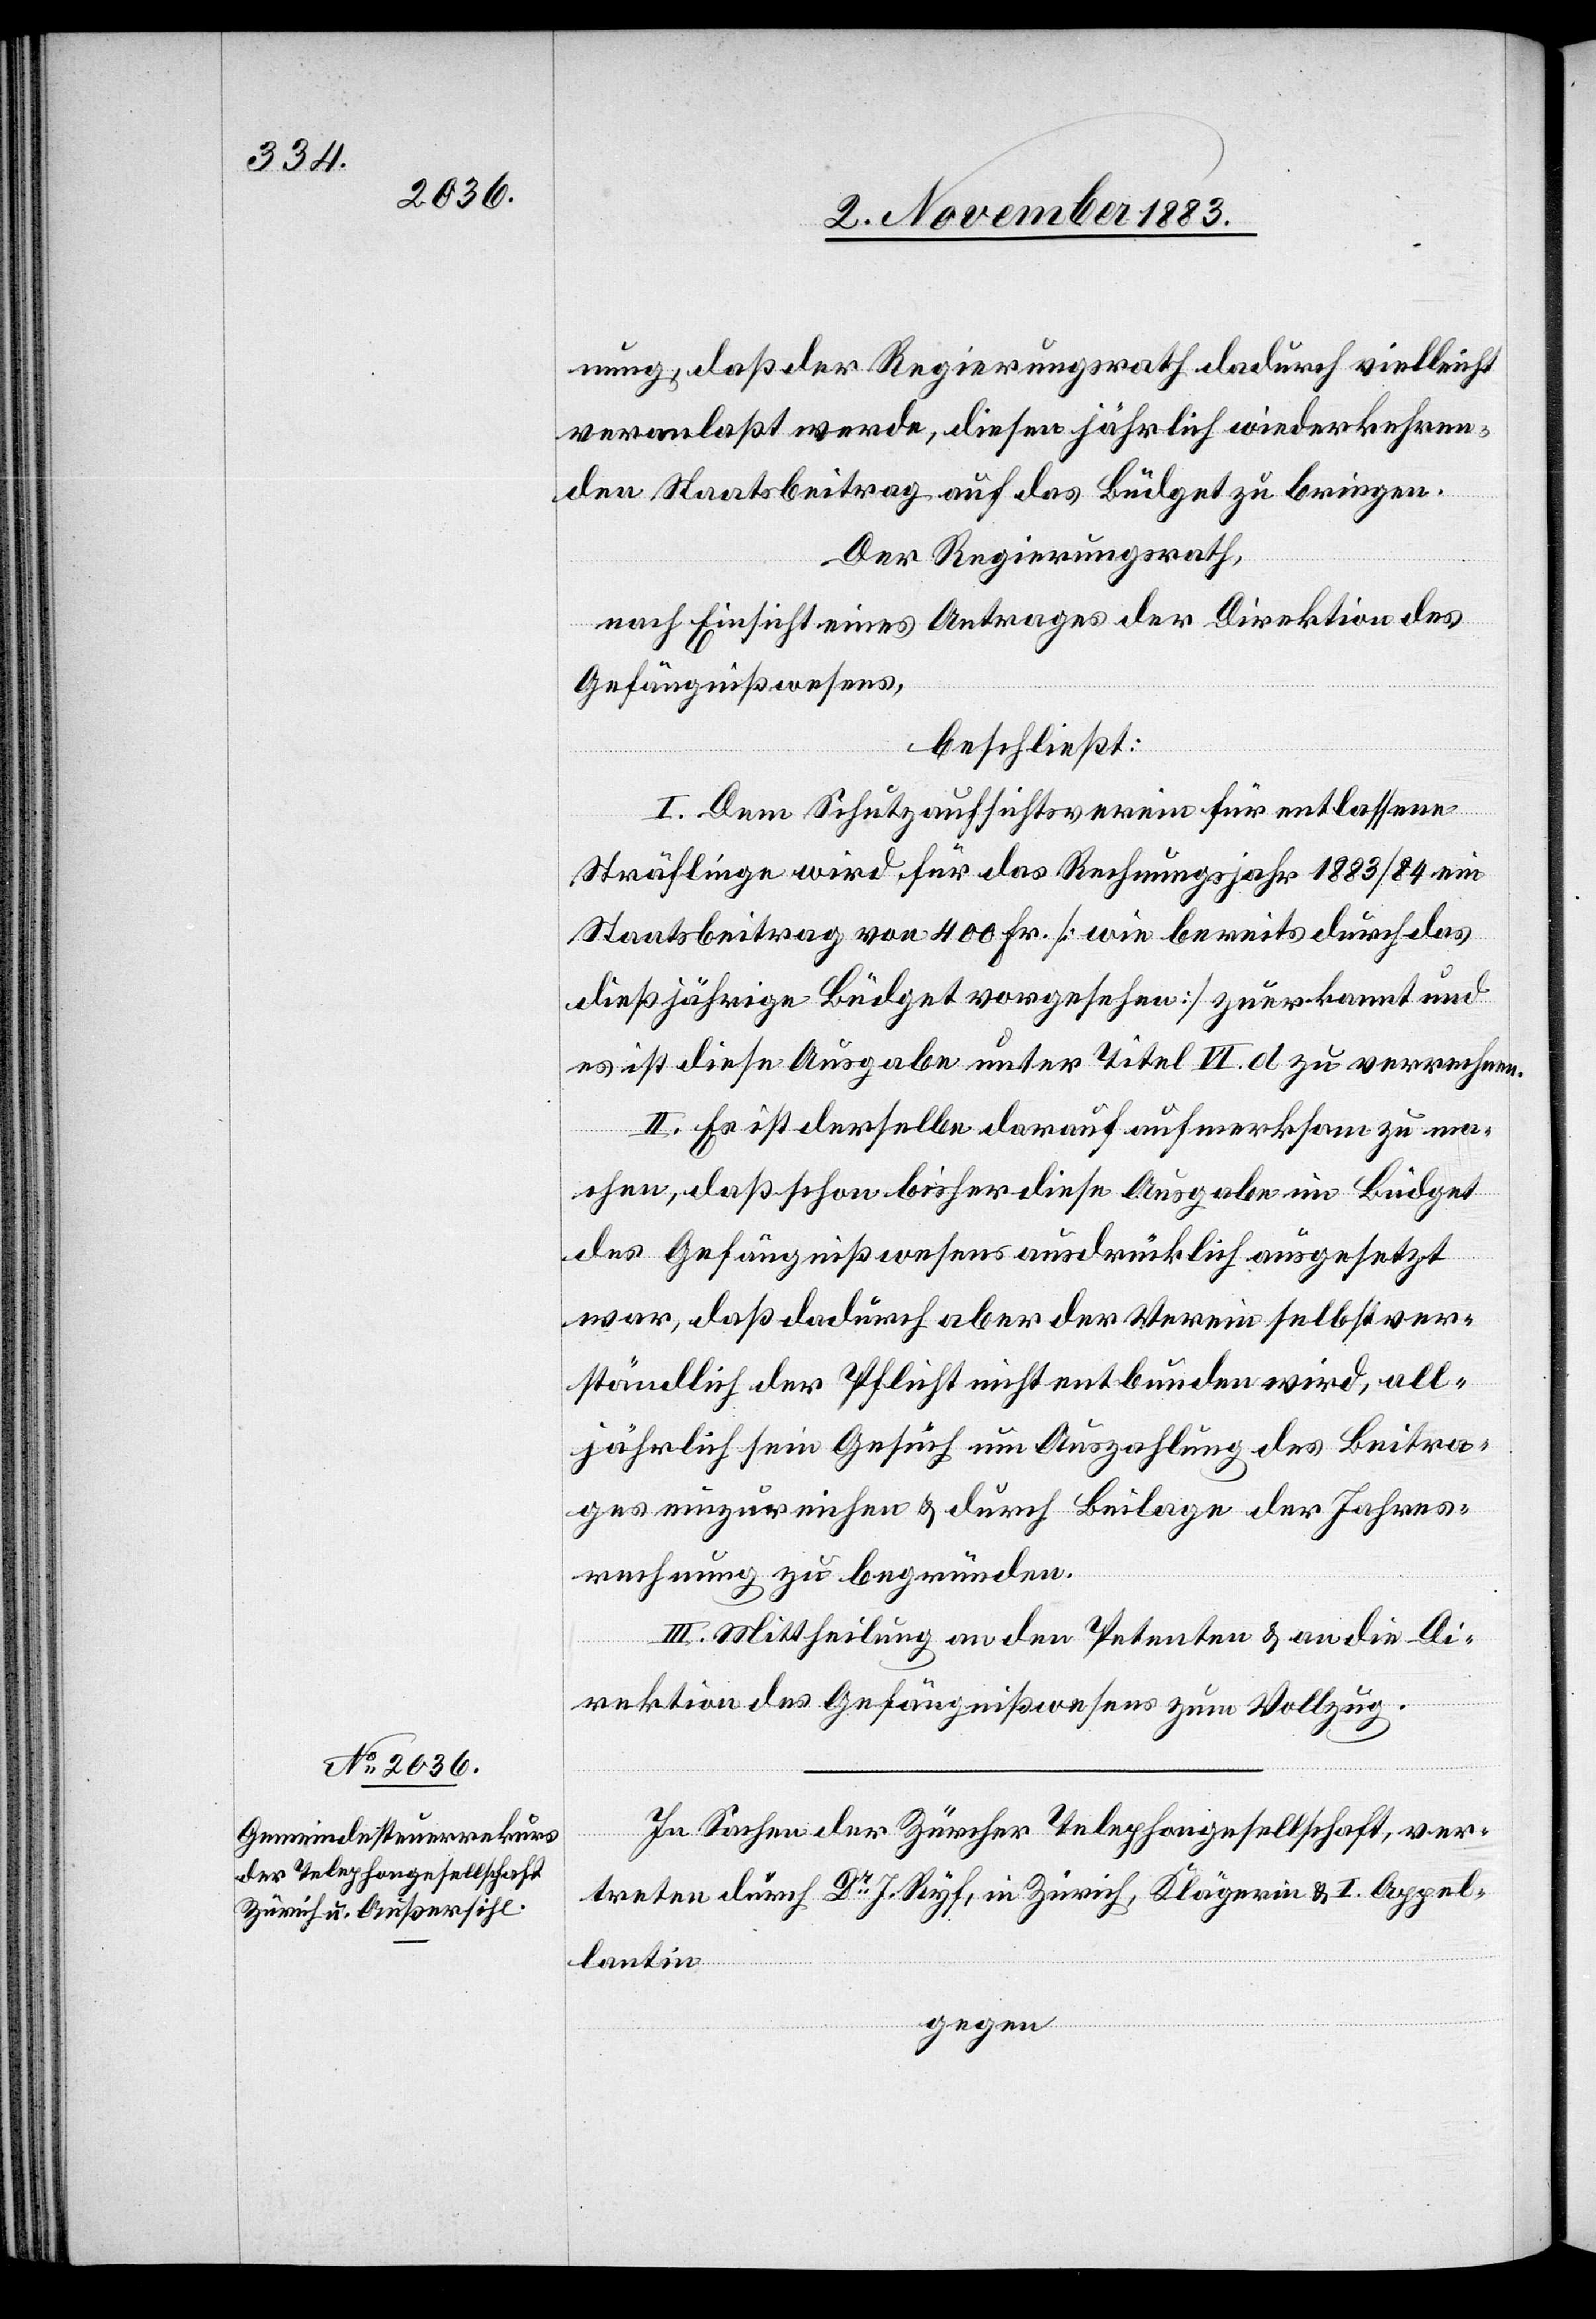
nung, daß der Regierungsrath dadurch vielleicht
veranlaßt werde, diesen jährlich wiederkehren¬
den Staatsbeitrag auf das Büdget zu bringen.
Der Regierungsrath,
nach Einsicht eines Antrages der Direktion des
Gefängnißwesens,
beschließt:
I. Dem Schutzaufsichtsverein für entlassene
Sträflinge wird für das Rechnungsjahr 1883/84 ein
Staatsbeitrag von 400 Fr. [wie bereits durch das
dießjährige Büdget vorgesehen] zuerkannt und
es ist diese Ausgabe unter Titel VI. d zu verrechnen.
II. Es ist derselbe darauf aufmerksam zu ma¬
chen, daß schon bisher diese Ausgabe im Büdget
des Gefängnißwesens ausdrücklich ausgesetzt
war, daß dadurch aber der Verein selbstver¬
ständlich der Pflicht nicht entbunden wird, all¬
jährlich sein Gesuch um Auszahlung des Beitra¬
ges einzureichen & durch Beilage der Jahres¬
rechnung zu begründen.
III. Mittheilung an den Petenten & an die Di¬
rektion des Gefängnißwesens zum Vollzug.
In Sachen der Zürcher Telephongesellschaft, ver¬
treten durch Dr J. Ryf, in Zürich, Klägerin & I. Appel¬
lantin
gegen